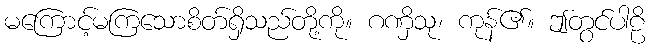
မကြောင့်မကြသောစိတ်ရှိသည်တို့ကို။ ဂဏှိသု၊ ကုန်၏။ ဤတွင်ပါဠိ